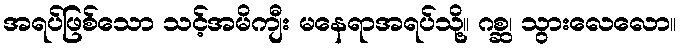
အရပ်ဖြစ်သော သင့်အမိကျီး မနေရာအရပ်သို့။ ဂစ္ဆ၊ သွားလေလော။